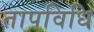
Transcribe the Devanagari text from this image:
तापविधि